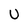
Character: U